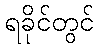
ရခိုင်တွင်